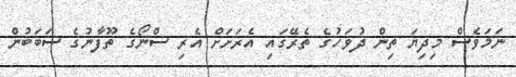
ނަމަވެސް މިދިޔަ ތިން ދުވަހުގެ ތެރޭގައި އެރަށަށް އެރި ސްނޯގެ ތޫފާނުގެ ސަބަބުން